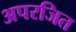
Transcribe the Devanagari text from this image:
अपरजित